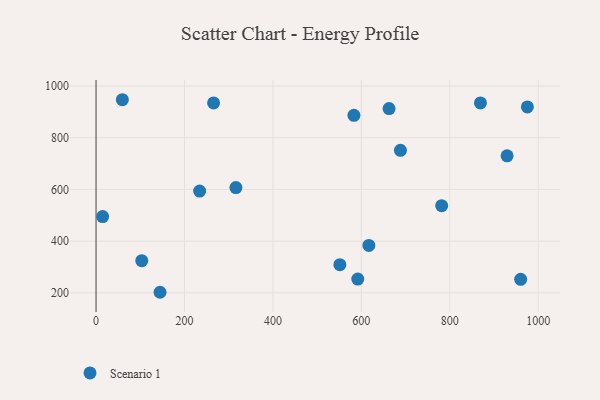
{"axis": {"x": "Engine Size", "y": "Sales"}, "legend": ["Scenario 1"], "data": [{"x": "144.7", "y": 202.2, "type": "Scenario 1"}, {"x": "583.2", "y": 886.8, "type": "Scenario 1"}, {"x": "551.4", "y": 308.9, "type": "Scenario 1"}, {"x": "234.3", "y": 593.5, "type": "Scenario 1"}, {"x": "781.7", "y": 537.1, "type": "Scenario 1"}, {"x": "316.3", "y": 607.3, "type": "Scenario 1"}, {"x": "617.0", "y": 383.5, "type": "Scenario 1"}, {"x": "869.4", "y": 934.5, "type": "Scenario 1"}, {"x": "103.4", "y": 324.6, "type": "Scenario 1"}, {"x": "59.5", "y": 947.0, "type": "Scenario 1"}, {"x": "662.7", "y": 912.9, "type": "Scenario 1"}, {"x": "265.8", "y": 934.8, "type": "Scenario 1"}, {"x": "960.3", "y": 252.4, "type": "Scenario 1"}, {"x": "14.9", "y": 494.9, "type": "Scenario 1"}, {"x": "929.6", "y": 730.0, "type": "Scenario 1"}, {"x": "591.9", "y": 253.3, "type": "Scenario 1"}, {"x": "975.5", "y": 919.0, "type": "Scenario 1"}, {"x": "688.4", "y": 751.3, "type": "Scenario 1"}]}